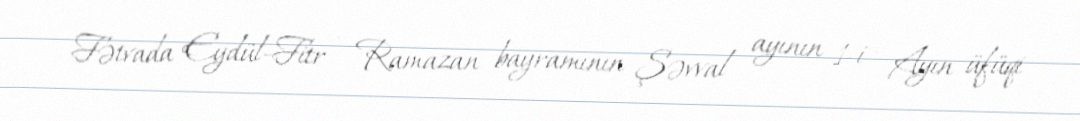
Fətvada Eydül-Fitr - Ramazan bayramının Şəvval ayının 1-i - Ayın üfüqi